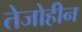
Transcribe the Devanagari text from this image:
तेजोहीन